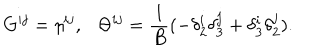
LaTeX: G ^ { i j } = \eta ^ { i j } , \ \ \ \Theta ^ { i j } = \frac { 1 } { B } ( - \delta _ { 2 } ^ { i } \delta _ { 3 } ^ { j } + \delta _ { 3 } ^ { i } \delta _ { 2 } ^ { j } ) .